Report on vaccination proceedings throughout the Government of Bengal -
Year: 1868
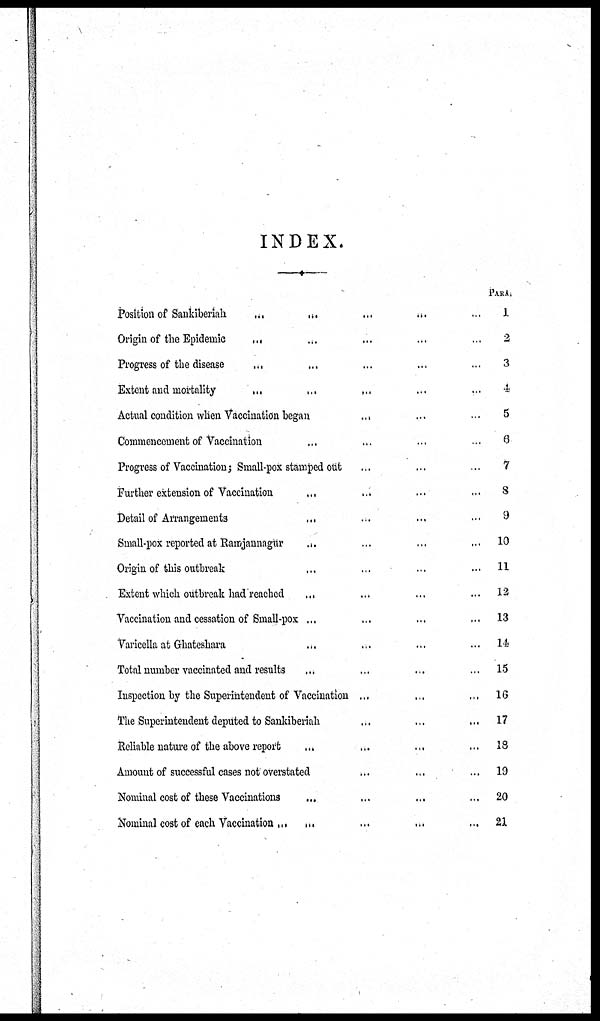
INDEX.
PARA.
Position of Sankiberiah
...
...
...
...
...
Origin of the Epidemic ... ... ... ... ...
Progress of the disease ... ... ... ... ...
Extent and mortality
...
...
...
...
...
Actual condition when Vaccination began ... ... ...
Commencement of Vaccination ... ... ... ...
Progress of Vaccination; Small-pox stamped out ... ... ...
Farther extension of Vaccination ... ... ... ...
Detail of Arrangements ... ... ... ...
Small-pox reported at Ramjannagur ... ... ... ...
Origin of this outbreak ... ... ... ...
Extent which outbreak had reached ... ... ... ...
Vaccination and cessation of Small-pox ... ... ... ...
Varicella at Ghateshara ... ... ... ... ...
Total number vaccinated and results ... ... ... ...
Inspection by the Superintendent of Vaccination ... ... ...
The Superintendent deputed to Sankiberiah ... ... ...
Reliable nature of the above report ... ... ...
Amount of successful cases not overstated ... ... ...
Nominal cost of these Vaccinations
... ... ... ...
Nominal cost of each Vaccination
...
...
...
...
...
1
2
3
4
5
6
7
8
9
10
11
12
13
14
15
16
17
18
19
20
21